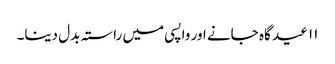
۱۱ عید گاہ جانے اور واپسی میں راستہ بدل دینا۔